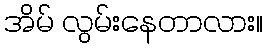
အိမ် လွမ်းနေတာလား။